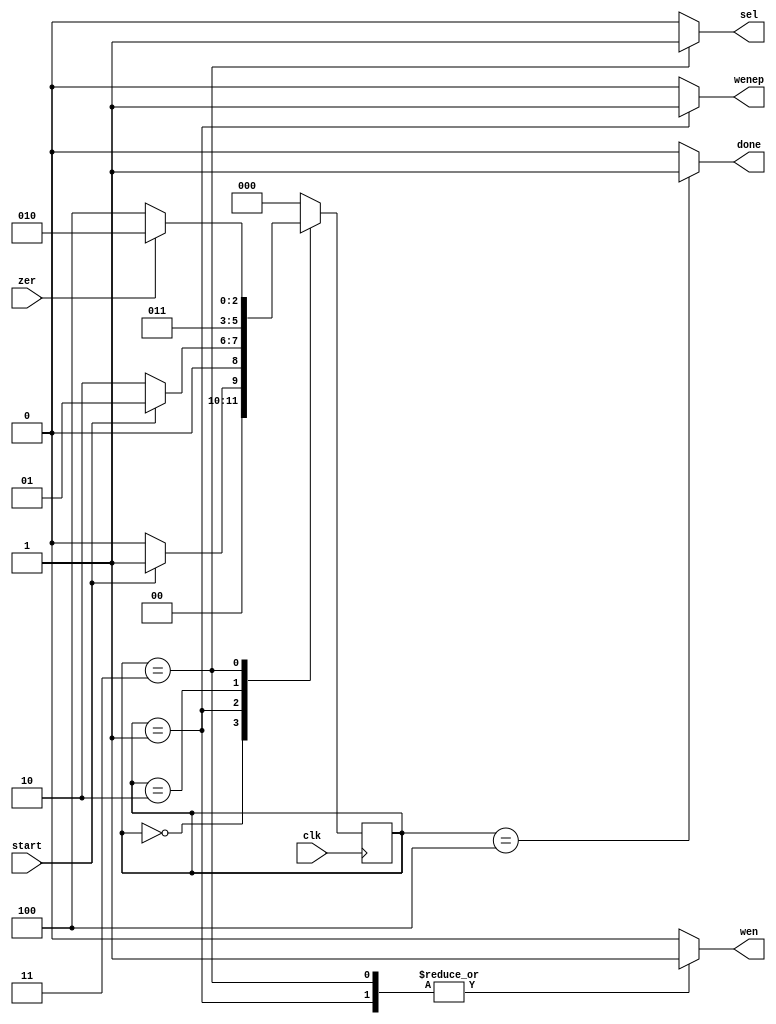
`define S0 3'b000
`define S1 3'b001
`define S2 3'b010
`define S3 3'b011
`define S4 3'b100

module controller(clk, start, zer, wen, wenep, sel, done);
input clk, start, zer;
output reg wen, wenep, sel, done;
reg[2:0] ns, ps = `S0;

always@(posedge clk) begin
	ps = ns;
end

always@(ps or start or zer) begin
	ns = `S0;
	case(ps)
		`S0: ns = start? `S1:`S0;
		`S1: ns = start? `S1:`S2;
		`S2: ns = `S3;
		`S3: ns = zer? `S2:`S4;
		`S4: ns = `S0;
	endcase
end

always@(ps) begin
	{wen, wenep, sel, done} = 4'b0;
	case(ps)
		`S1: begin wen = 1; wenep = 1; sel = 0; end
		`S3: begin wen = 1; sel = 1; end
		`S4: done = 1;
	endcase
end
endmodule